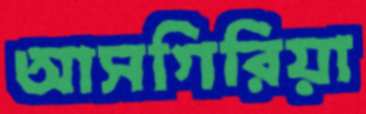
আসগিরিয়া